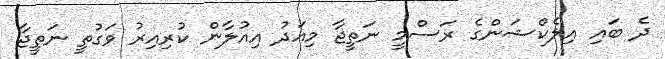
ދެ ބައި އިލެކްޝަންގެ ރަސްމީ ނަތީޖާ މިއަދު އިއުލާން ކުރިއިރު ވަގުތީ ނަތީޖާ